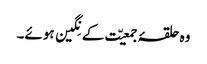
وہ حلقۂ جمعیّت کے نِگین ہوئے۔